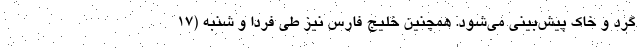
گرد و خاک ‌پیش‌بینی می‌شود. همچنین خلیج فارس نیز طی فردا و شنبه (۱۷